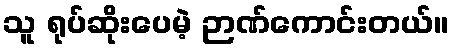
သူ ရုပ်ဆိုးပေမဲ့ ဉာဏ်ကောင်းတယ်။